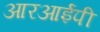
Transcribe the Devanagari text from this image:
आरआईपी